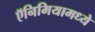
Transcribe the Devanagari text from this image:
ऍनिमियामध्ये